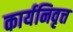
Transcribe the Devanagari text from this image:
कार्यनिवृत्त